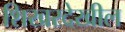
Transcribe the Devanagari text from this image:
शिखरदेखील